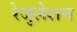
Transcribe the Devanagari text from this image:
रेजुलेशन